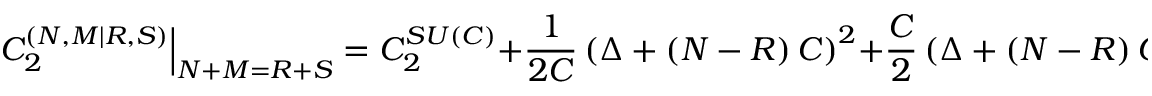
\left. C _ { 2 } ^ { \left( N , M | R , S \right) } \right\vert _ { N + M = R + S } = C _ { 2 } ^ { S U \left( C \right) } + \frac { 1 } { 2 C } \left( \Delta + \left( N - R \right) C \right) ^ { 2 } + \frac { C } { 2 } \left( \Delta + \left( N - R \right) C \right) .